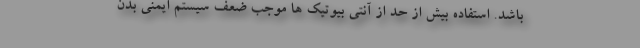
باشد. استفاده بیش از حد از آنتی بیوتیک ها موجب ضعف سیستم ایمنی بدن